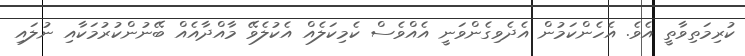
ކުރިމަތިވާތީ އެވެ. އެހެންކަމުން އެދެވިގެންވަނީ އެއްވެސް ކެމިކަލެއް އެކުލެވޭ މާއްދާއެއް ބޭނުންކުރުމަކާއި ނުލައި